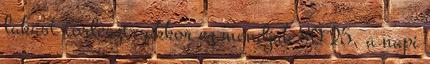
lakást törleszt, akkor ez mondjuk 80 25. a napi